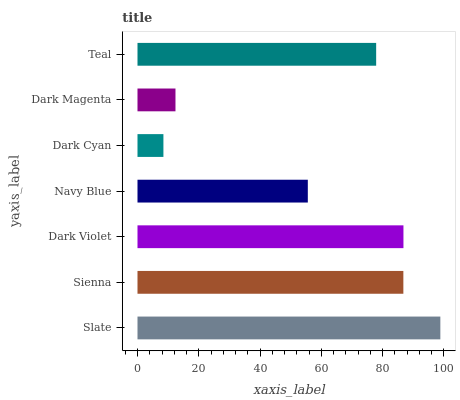
| yaxis_label | bars |
 | --- | --- |
 | Slate | 98.8 |
 | Sienna | 86.8 |
 | Dark Violet | 86.8 |
 | Navy Blue | 55.6 |
 | Dark Cyan | 8.46 |
 | Dark Magenta | 12.4 |
 | Teal | 77.9 |